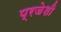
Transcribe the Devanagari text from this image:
प्रजेशी